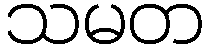
သမတ